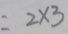
= 2 \times 3